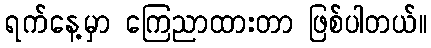
ရက်နေ့မှာ ကြေညာထားတာ ဖြစ်ပါတယ်။